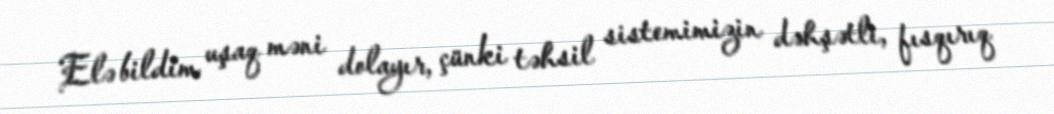
Elə bildim uşaq məni dolayır, çünki təhsil sistemimizin dəhşətli, fısqırıq